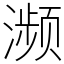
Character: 濒